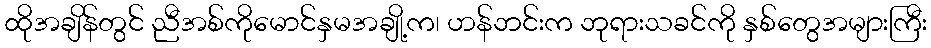
ထိုအချိန်တွင် ညီအစ်ကိုမောင်နှမအချို့က၊ ဟန်ဘင်းက ဘုရားသခင်ကို နှစ်တွေအများကြီး